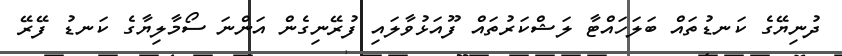
ދުނިޔޭގެ ކަނޑުތައް ބަލަހައްޓާ ލަޝްކަރުތައް ފޫއަޅުވާލައި ފުރޭނިގެން އަންނަ ސޯމާލިޔާގެ ކަނޑު ފޭރޭ